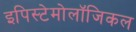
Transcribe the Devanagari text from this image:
इपिस्टेमोलॉजिकल